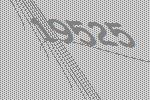
19525